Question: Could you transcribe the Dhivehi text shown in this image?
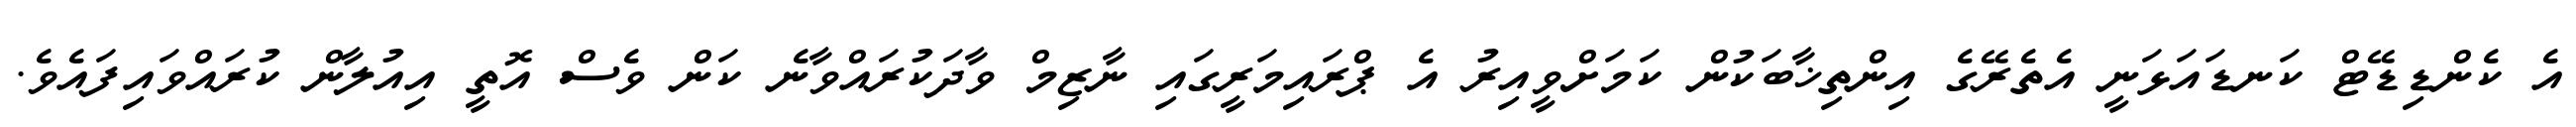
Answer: އެ ކެންޑިޑޭޓް ކަނޑައަޅަނީ އެތެރޭގެ އިންތިޚާބަކުން ކަމަށްވީއިރު އެ ޕްރައިމަރީގައި ނާޒިމް ވާދަކުރައްވާނެ ކަން ވެސް އޮތީ އިއުލާން ކުރައްވައިފައެވެ.